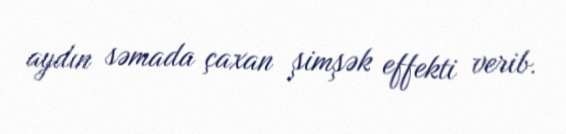
aydın səmada çaxan şimşək effekti verib.